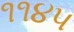
૧૧૪૫